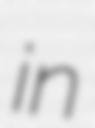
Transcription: in